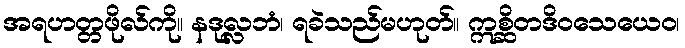
အရဟတ္တဖိုလ်ကို။ နဒုလ္လဘံ၊ ရခဲသည်မဟုတ်။ ဣစ္ဆိတဒိဝသေယေဝ၊